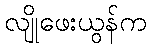
လျိုဖေးယွန်က